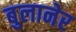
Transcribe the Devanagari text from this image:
बुलानेर